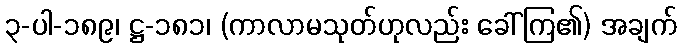
၃-ပါ-၁၈၉၊ ဋ္ဌ-၁၈၁၊ (ကာလာမသုတ်ဟုလည်း ခေါ်ကြ၏) အချက်